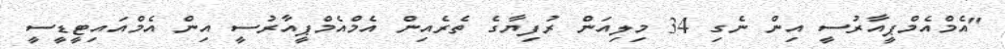
"އެމްއެމްޕީއާރުސީ އިން ނެގި 34 މިލިއަން ރުފިޔާގެ ތެރެއިން އެމްއެމްޕީއާރުސީ އިން އެމްއައިޓީޑީސީ